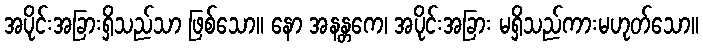
အပိုင်းအခြားရှိသည်သာ ဖြစ်သော။ နော အနန္တကေ၊ အပိုင်းအခြား မရှိသည်ကားမဟုတ်သော။